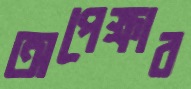
অপেক্ষার